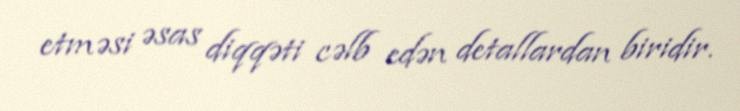
etməsi əsas diqqəti cəlb edən detallardan biridir.